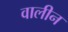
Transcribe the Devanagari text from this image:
वालीन